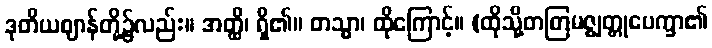
ဒုတိယဈာန်တို့၌လည်း။ အတ္ထိ၊ ရှိ၏။ တသ္မာ၊ ထိုကြောင့်။ (ထိုသို့တတြမဇ္ဈတ္တုပေက္ခာ၏